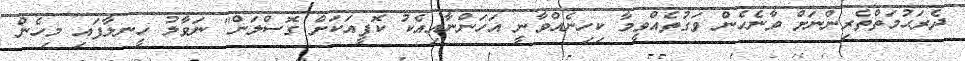
ދެރަޙުމަތްތެރިންނަށް ވާނެހެން ވަގުތެއްވީމާ ކިހިނެއްވާނީ އަހަންނާއިއެކު ކޮފީއަކަށް ގޮސްލަން" ނަވާލު ހީނލާފައި މިހެން